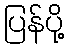
ပြန်ပို့